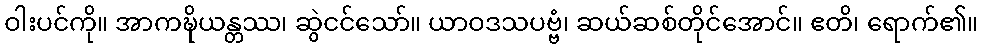
ဝါးပင်ကို။ အာကဍ္ဎိယန္တဿ၊ ဆွဲငင်သော်။ ယာဝဒသပဗ္ဗံ၊ ဆယ်ဆစ်တိုင်အောင်။ ဧတိ၊ ရောက်၏။